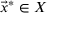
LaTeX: { \vec { x } } ^ { * } \in X